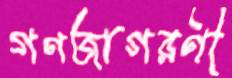
গণজাগরণী